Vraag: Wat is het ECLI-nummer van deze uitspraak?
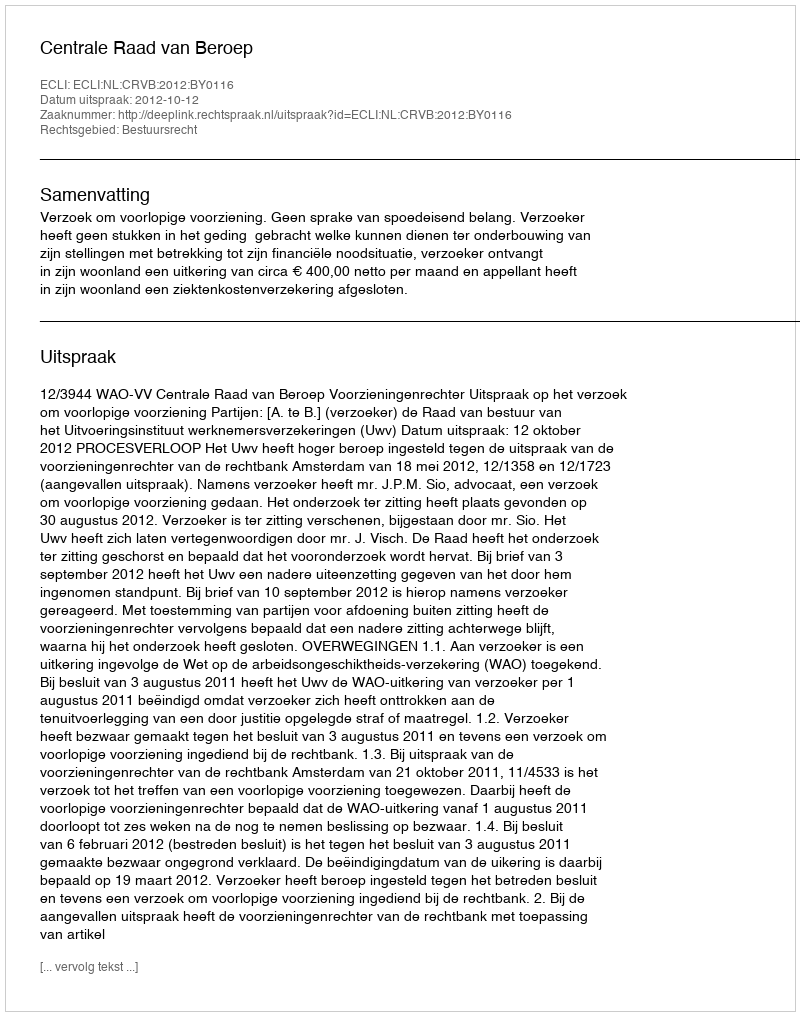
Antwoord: ECLI:NL:CRVB:2012:BY0116